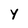
Character: Y